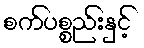
စက်ပစ္စည်းနှင့်